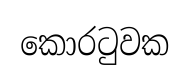
කොරටුවක